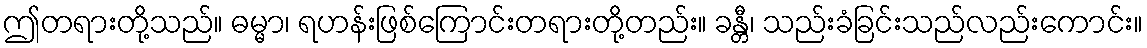
ဤတရားတို့သည်။ ဓမ္မာ၊ ရဟန်းဖြစ်ကြောင်းတရားတို့တည်း။ ခန္တီ၊ သည်းခံခြင်းသည်လည်းကောင်း။